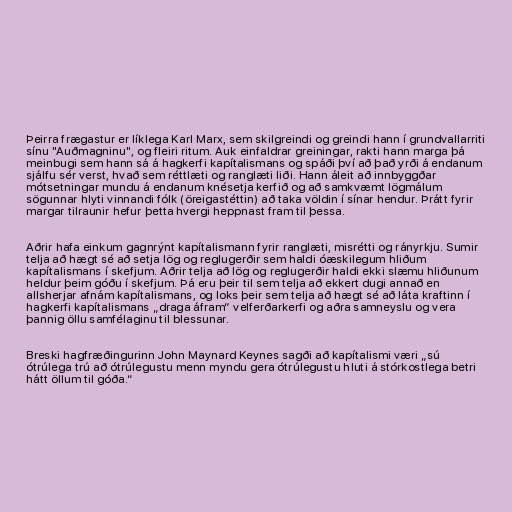
Þeirra frægastur er líklega Karl Marx, sem skilgreindi og greindi hann í grundvallarriti
sínu "Auðmagninu", og fleiri ritum. Auk einfaldrar greiningar, rakti hann marga þá
meinbugi sem hann sá á hagkerfi kapítalismans og spáði því að það yrði á endanum
sjálfu sér verst, hvað sem réttlæti og ranglæti liði. Hann áleit að innbyggðar
mótsetningar mundu á endanum knésetja kerfið og að samkvæmt lögmálum
sögunnar hlyti vinnandi fólk (öreigastéttin) að taka völdin í sínar hendur. Þrátt fyrir
margar tilraunir hefur þetta hvergi heppnast fram til þessa.

Aðrir hafa einkum gagnrýnt kapítalismann fyrir ranglæti, misrétti og rányrkju. Sumir
telja að hægt sé að setja lög og reglugerðir sem haldi óæskilegum hliðum
kapítalismans í skefjum. Aðrir telja að lög og reglugerðir haldi ekki slæmu hliðunum
heldur þeim góðu í skefjum. Þá eru þeir til sem telja að ekkert dugi annað en
allsherjar afnám kapítalismans, og loks þeir sem telja að hægt sé að láta kraftinn í
hagkerfi kapítalismans „draga áfram“ velferðarkerfi og aðra samneyslu og vera
þannig öllu samfélaginu til blessunar.

Breski hagfræðingurinn John Maynard Keynes sagði að kapítalismi væri „sú
ótrúlega trú að ótrúlegustu menn myndu gera ótrúlegustu hluti á stórkostlega betri
hátt öllum til góða.“